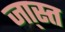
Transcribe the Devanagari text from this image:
जा्स्त